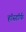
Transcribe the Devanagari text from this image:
हॉस्डॉर्फ